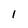
Character: 1